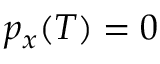
p _ { x } ( T ) = 0